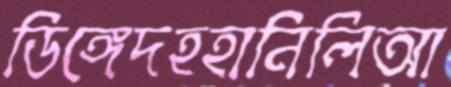
ডিঙ্গেদহহানিলিআ